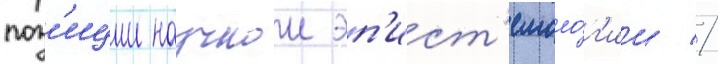
поз'иции научнои эп'ист'емоло́г'ии //